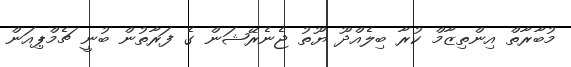
މުބާރާތް އިންތިޒާމް ކުރާ ބިލެއްދޫ ޔޫތު ޖެނެރޭޝަން ގެ ފަރާތުން ބުނީ ޗެމްޕިއަން